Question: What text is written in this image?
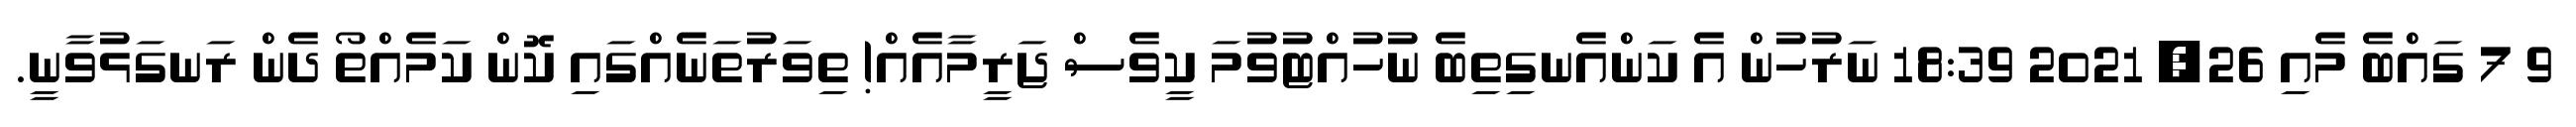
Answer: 9 7 ގައްބެ މެއި 26, 2021 18:39 ނަރުހުން އެ ކަންއެނގިތިބެ ނުހުއްޓުވުމަ ކީވެސް ޖަރީމާއެއް! ތިވަރުތަނެއްގައި ކޮން ކަމެއްތޯ ދެން ރަނގަޅުވާނީ.